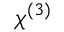
\chi ^ { ( 3 ) }